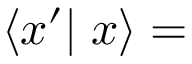
\left\langle x ^ { \prime } \right| \left. x \right\rangle =